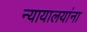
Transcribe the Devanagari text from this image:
न्यायालयांना